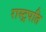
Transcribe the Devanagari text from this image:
रास्ट्रपति